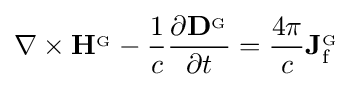
\nabla \times \mathbf {H} ^{_{\mathrm {G} }}-{\frac {1}{c}}{\frac {\partial \mathbf {D} ^{_{\mathrm {G} }}}{\partial t}}={\frac {4\pi }{c}}\mathbf {J} _{\mathrm {f} }^{_{\mathrm {G} }}